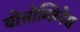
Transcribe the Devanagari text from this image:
बोत्तोम्लिनेस